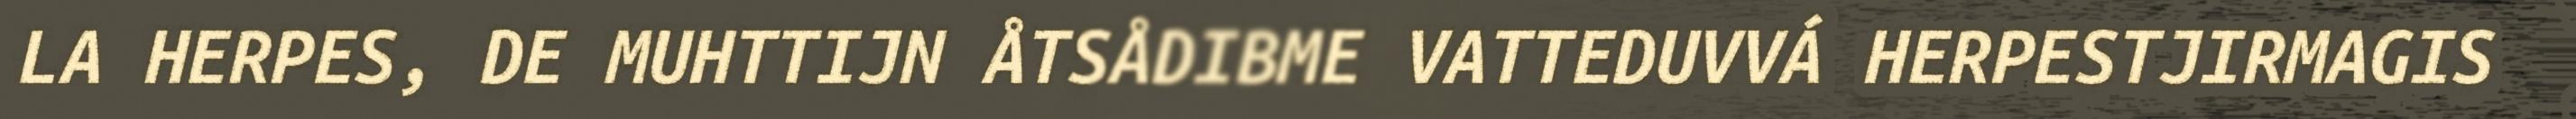
LA HERPES, DE MUHTTIJN ÅTSÅDIBME VATTEDUVVÁ HERPESTJIRMAGIS